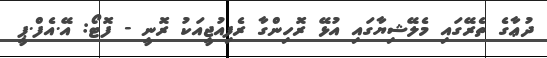
ދުޢާގެ ތެރޭގައި މެލޭޝިޔާގައި އުޅޭ ރޮހިންގާ ރެފިއުޖީއަކު ރޮނީ - ފޮޓޯ: އޭ.އެފް.ޕީ